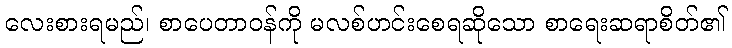
လေးစားရမည်၊ စာပေတာဝန်ကို မလစ်ဟင်းစေရဆိုသော စာရေးဆရာစိတ်၏